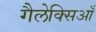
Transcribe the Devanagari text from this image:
गैलेक्सिआँ